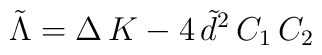
\tilde{\Lambda} =\Delta \, K - 4\, \tilde{d}^2\, C_1\, C_2